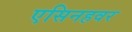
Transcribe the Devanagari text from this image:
एसिनहवर